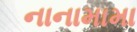
નાનામામા